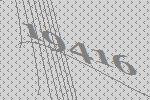
19416